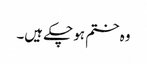
وہ ختم ہو چکے ہیں۔